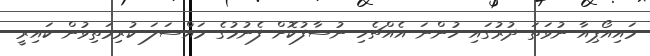
މައިއޯޕިއާ ނުވަތަ ދުރުގައި ހުންނަ އެއްޗެހި ނުސާފުކޮށް ފެނުމުގެ މައްސަލަ ކުރިމަތިވުން ކައިރީ